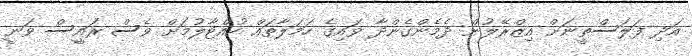
އަދި ފަލަސްތީނަށް އިޒްރޭލުން ދެމެންގެންދާ ވައިގެ ހަމަލާތައް ހުއްޓާލުމަށް ވެސް ރައީސް ވަނީ